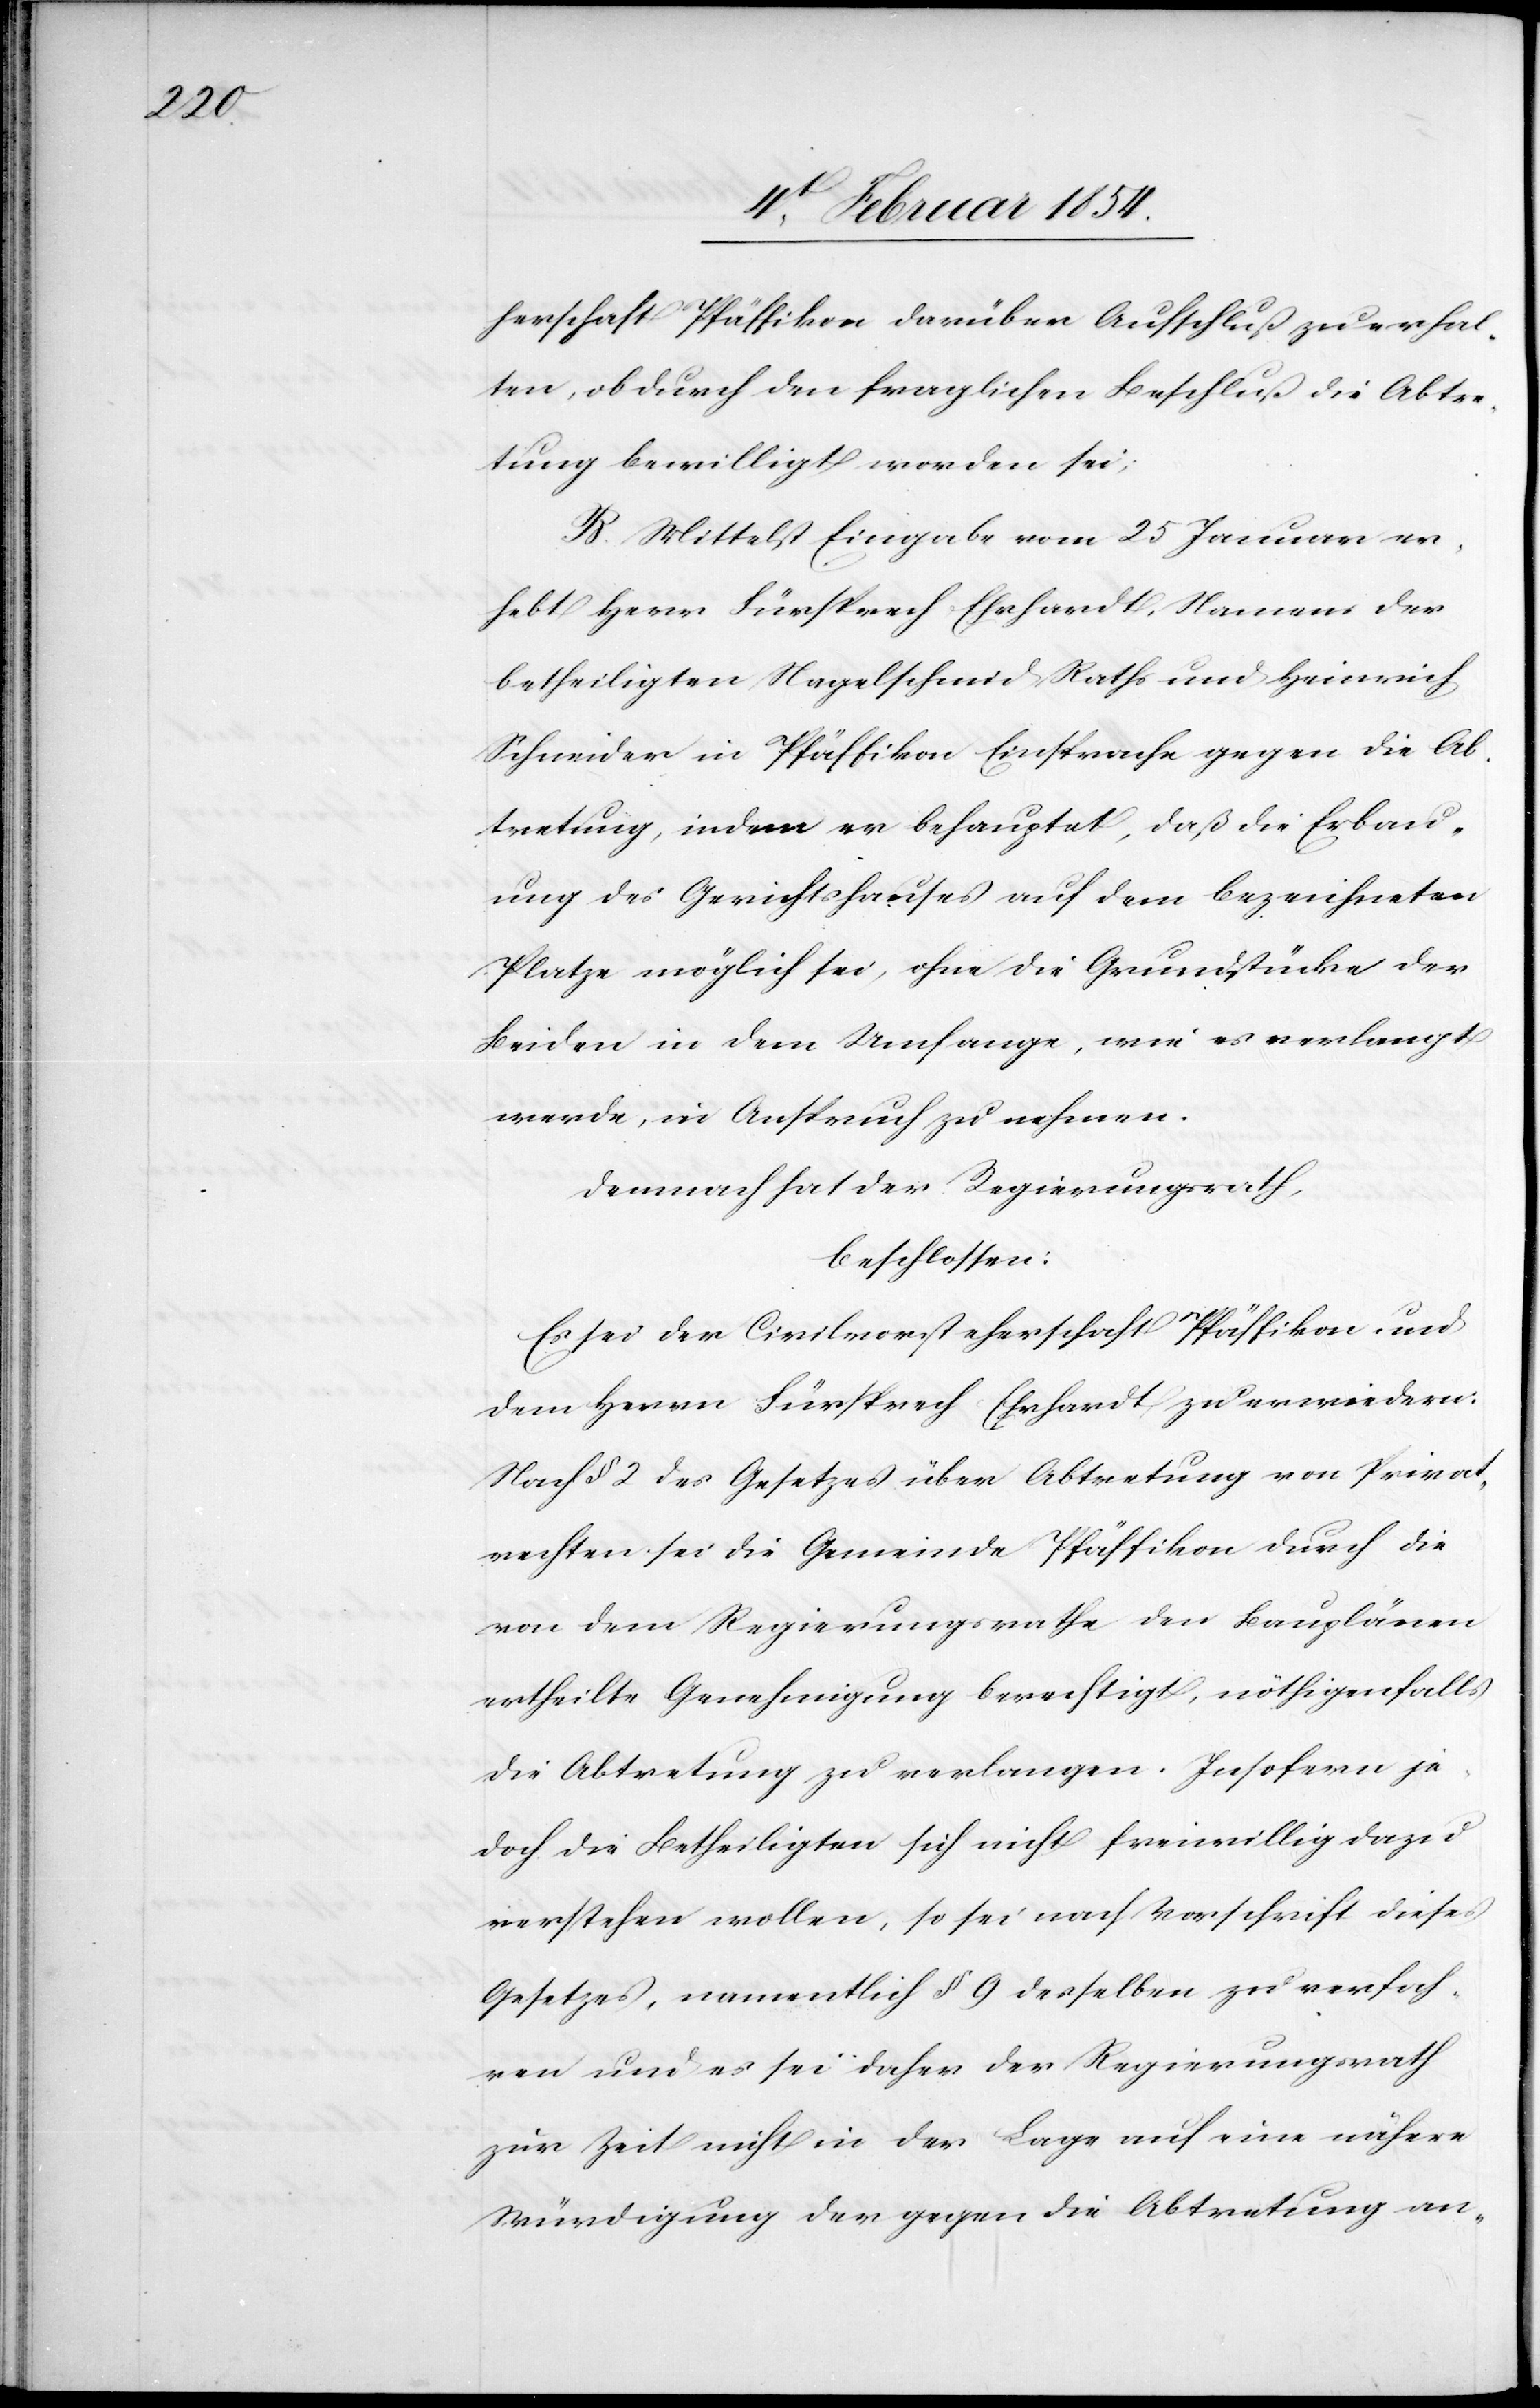
herschaft Pfäffikon darüber Aufschluß zu erhal¬
ten, ob durch den fraglichen Beschluß die Abtre¬
tung bewilligt worden sei;
B. Mittelst Eingabe vom 25 Januar er¬
hebt Herr Fürsprech Ehrhardt, Namens der
betheiligten Nagelschmid [sic!] Raths und Heinrich
Schneider in Pfäffikon Einsprache gegen die Ab¬
tretung, indem er behauptet, daß die Erbau¬
ung des Gerichtshauses auf dem bezeichneten
Platze möglich sei, ohne die Grundstücke der
Beiden in dem Umfange, wie es verlangt
werde, in Anspruch zu nehmen.
Demnach hat der Regierungsrath,
beschlossen:
Es sei der Civilvorsteherschaft Pfäffikon und
dem Herrn Fürsprech Ehrhardt zu erwiedern:
Nach § 2 des Gesetzes über Abtretung von Privat¬
rechten sei die Gemeinde Pfäffikon durch die
von dem Regierungsrathe den Bauplänen
ertheilte Genehmigung berechtigt, nöthigenfalls
die Abtretung zu verlangen. Insofern je¬
doch die Betheiligten sich nicht freiwillig dazu
verstehen wollen, so sei nach Vorschrift dieses
Gesetzes, namentlich § 9 desselben zu verfah¬
ren und es sei daher der Regierungsrath
zur Zeit nicht in der Lage auf eine nähere
Würdigung der gegen die Abtretung an-